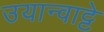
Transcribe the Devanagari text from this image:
उयान्वाट्टे